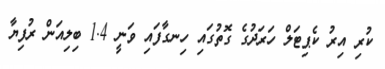
ކުރި އިރު ކެޕިޓަލް ހަރަދުގެ ގޮތުގައި ހިނގާފައި ވަނީ 1.4 ބިލިއަން ރުފިޔާ